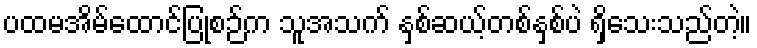
ပထမအိမ်ထောင်ပြုစဉ်က သူအသက် နှစ်ဆယ့်တစ်နှစ်ပဲ ရှိသေးသည်တဲ့။